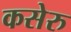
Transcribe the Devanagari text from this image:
कसेरु